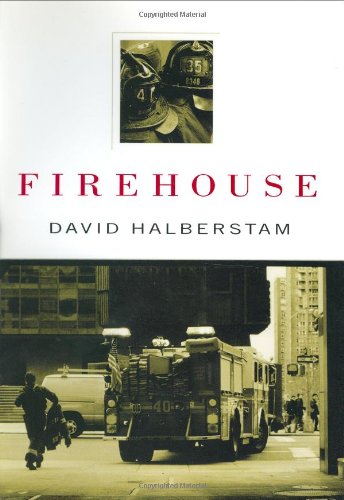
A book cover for Firehouse; David Halberstam; Sports & Outdoors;